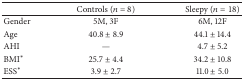
|  | Controls (n = 8) | Sleepy (n = 18) |
 | --- | --- | --- |
 | Gender | 5M, 3F | 6M, 12F |
 | Age | 40.8 ± 8.9 | 44.1 ± 14.4 |
 | AHI | — | 4.7 ± 5.2 |
 | BMI* | 25.7 ± 4.4 | 34.2 ± 10.8 |
 | ESS* | 3.9 ± 2.7 | 11.0 ± 5.0 |